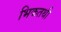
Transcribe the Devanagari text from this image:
भिकतथी